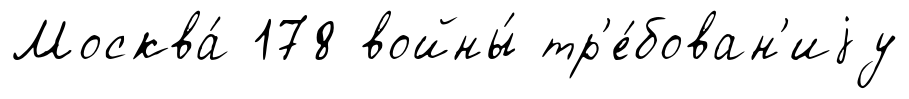
Москва́ 178 войны́ тр'е́бован'иjу